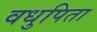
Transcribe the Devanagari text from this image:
वधुपिता